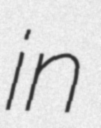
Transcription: in